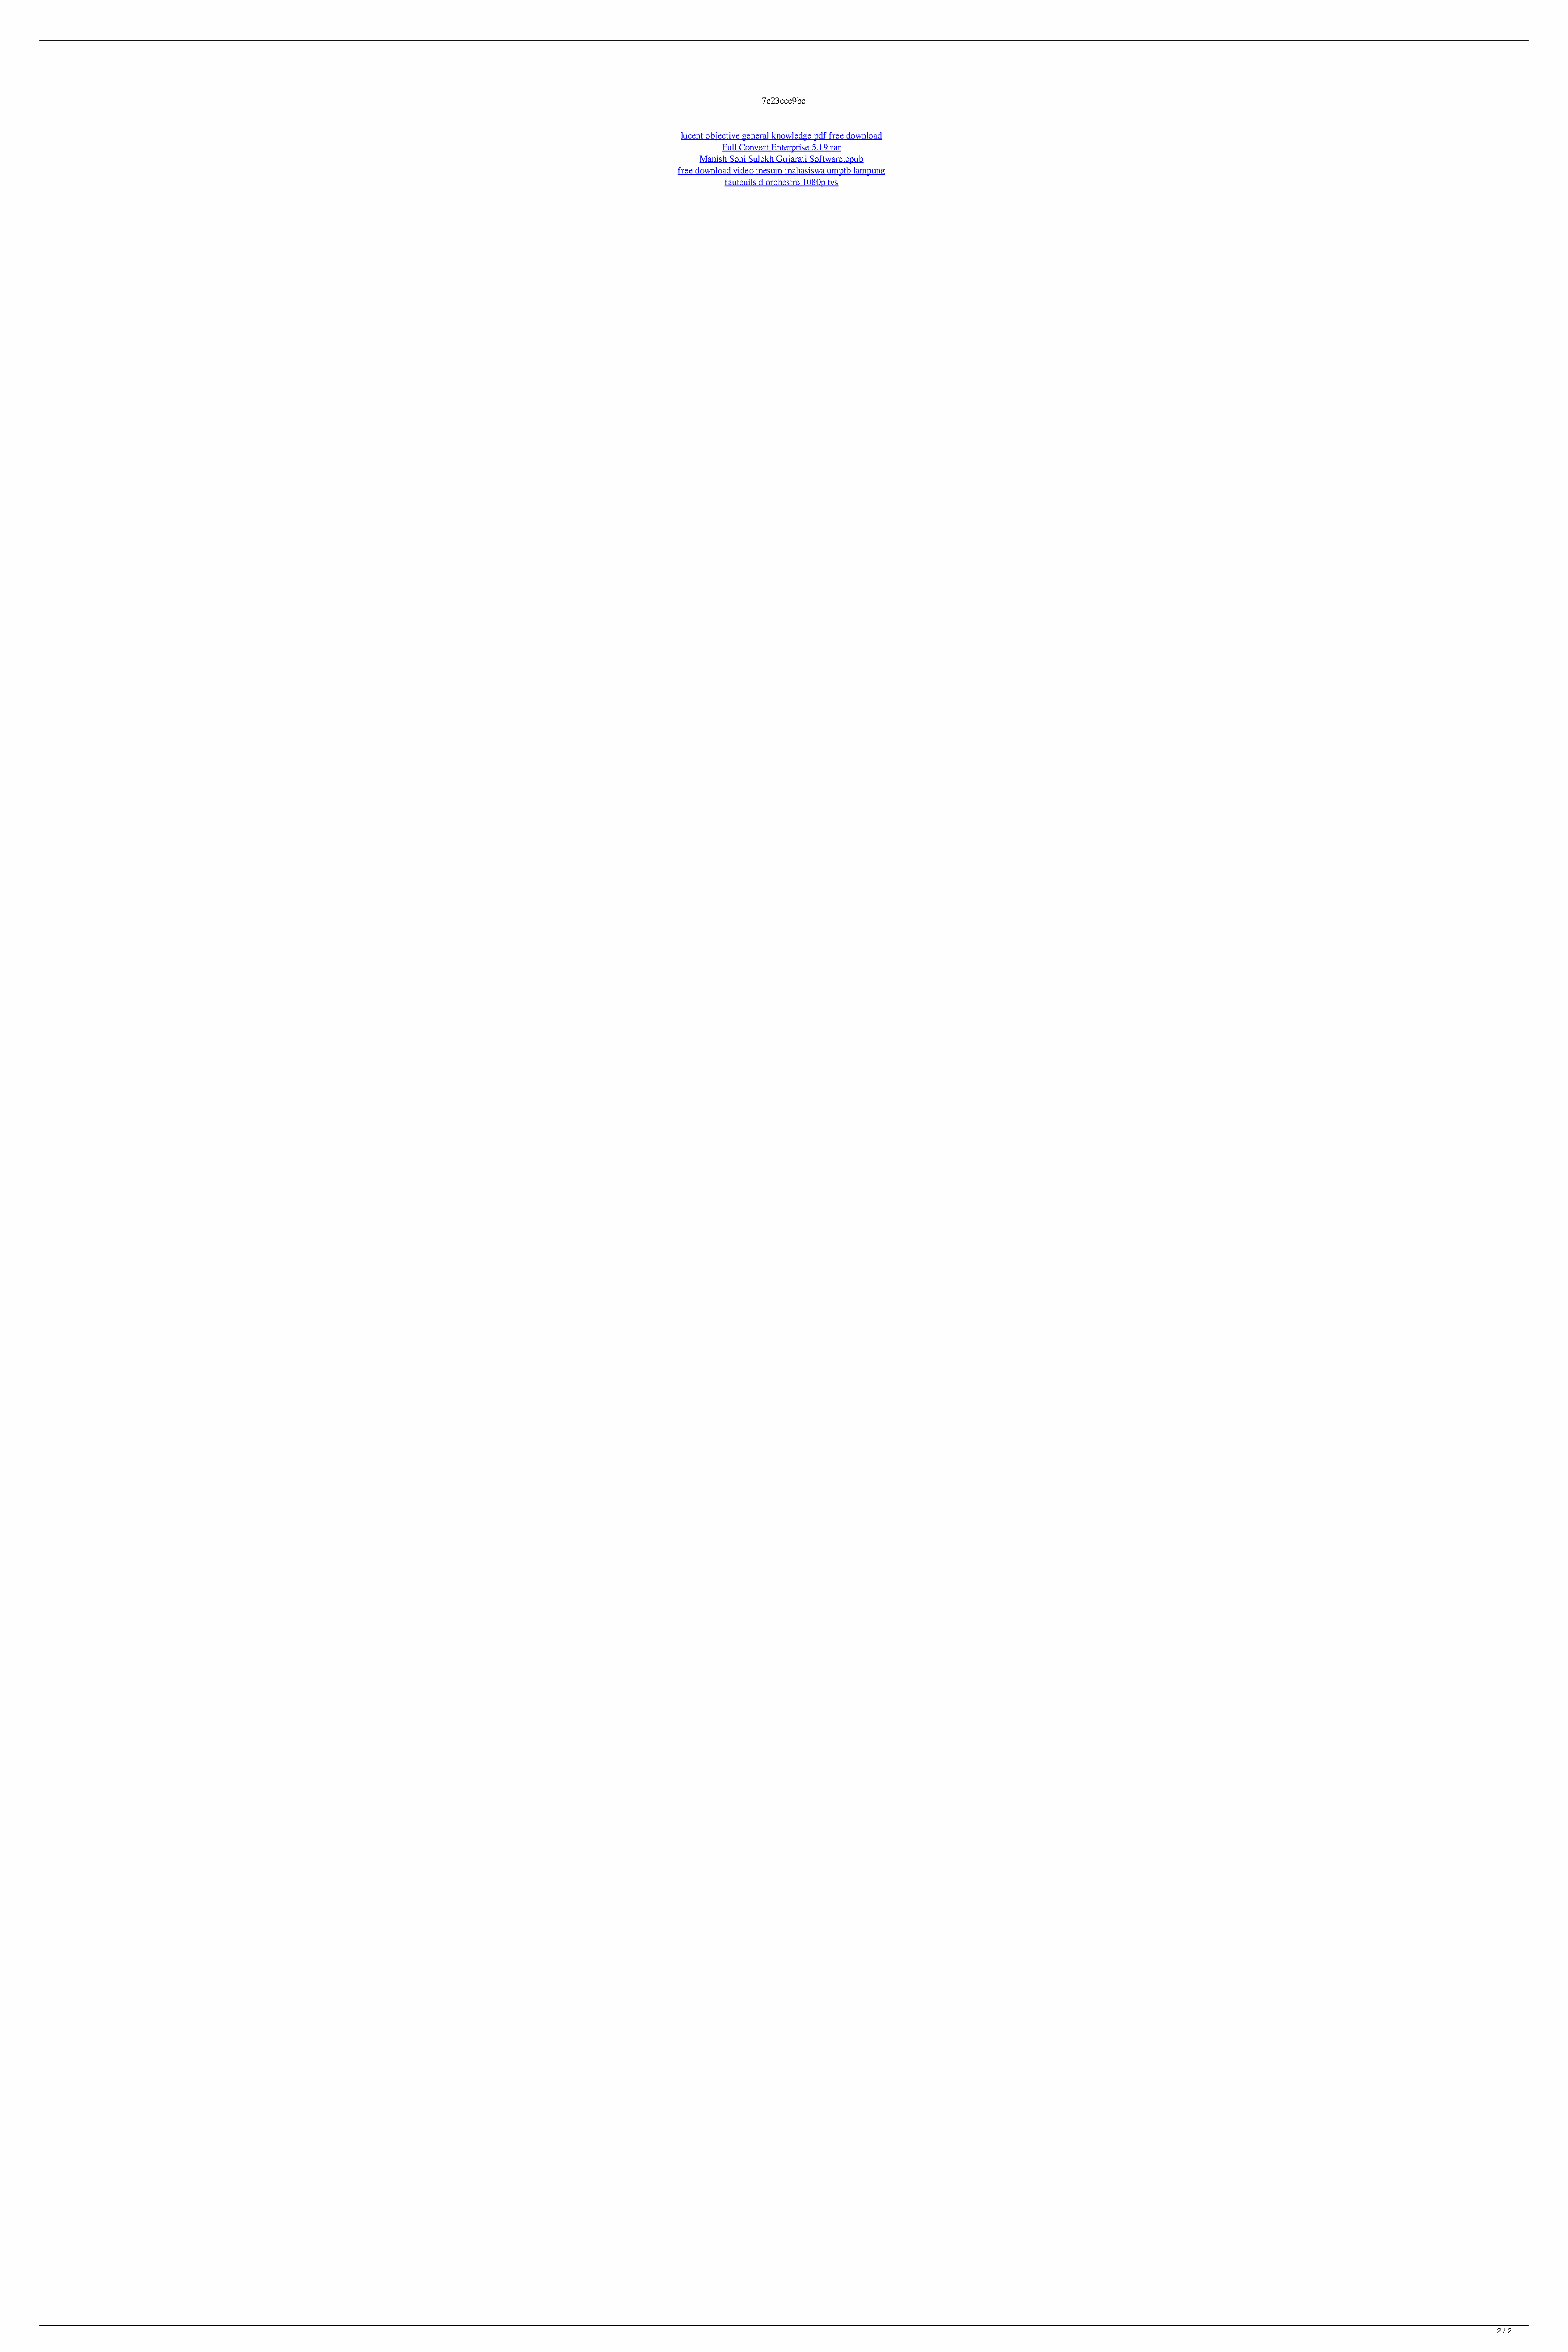
7c23cce9bc
 lucent objective general knowledge pdf free download
 Full Convert Enterprise 5.19.rar
 Manish Soni Sulekh Gujarati Software.epub
 free download video mesum mahasiswa umptb lampung
 fauteuils d orchestre 1080p tvs
 2 / 2
 (UPDATE) Torrent Adobe Fireworks Cs6 64 Registration Windows Final Keygen